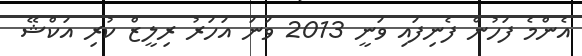
އެންމެ ފަހުން ފެނިފައި ވަނީ 2013 ވަނަ އަހަރު ރިލީޒް ކުރި އަކްޝޭ